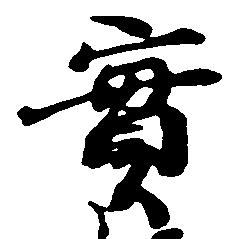
実